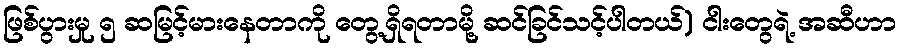
ဖြစ်ပွားမှု ၅ ဆမြင့်မားနေတာကို တွေ့ရှိရတာမို့ ဆင်ခြင်သင့်ပါတယ်) ငါးတွေရဲ့ အဆီဟာ